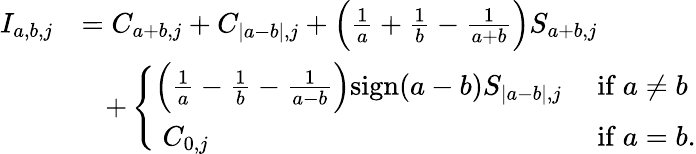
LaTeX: \begin{array}{rl}{I_{a,b,j}}&{=C_{a+b,j}+C_{|a-b|,j}+\Bigl(\frac{1}{a}+\frac{1}{b}-\frac{1}{a+b}\Bigr)S_{a+b,j}}\\ &{\; \; \; +\left\{ \begin{array}{ll}{\Bigl(\frac{1}{a}-\frac{1}{b}-\frac{1}{a-b}\Bigr)\mathrm{sign}(a-b)S_{|a-b|,j}}&{\mathrm{~if~}a\neq b}\\ {\; C_{0,j}}&{\mathrm{~if~}a=b.}\end{array}\right.}\end{array}